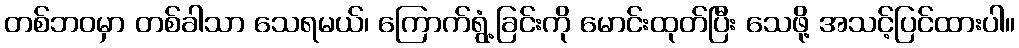
တစ်ဘဝမှာ တစ်ခါသာ သေရမယ်၊ ကြောက်ရွံ့ခြင်းကို မောင်းထုတ်ပြီး သေဖို့ အသင့်ပြင်ထားပါ။